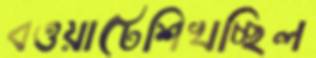
বওয়াটেশিখচ্ছিল